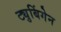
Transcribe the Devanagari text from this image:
ट्युबिंगेन